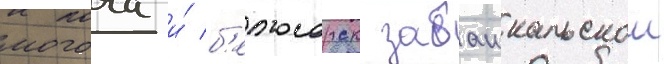
могоча и́ б'елогорск забаикальскои